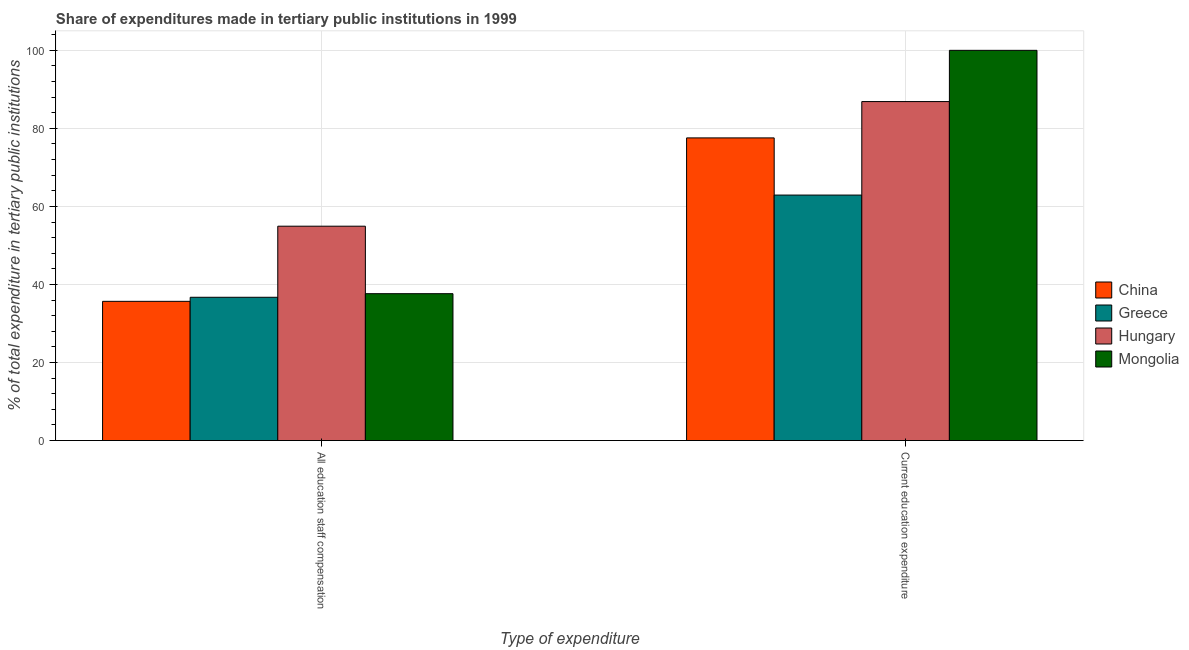
| Type of expenditure | China | Greece | Hungary | Mongolia |
 | --- | --- | --- | --- | --- |
 | All education staff compensation | 35.7 | 36.7 | 54.9 | 37.6 |
 | Current education expenditure | 77.6 | 62.9 | 86.9 | 100 |